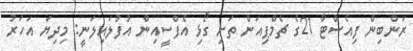
ރަންބިން ފިއެސްޓާ 21ގެ ޗެމްޕިއަން ތަށި ގޯޅި އެފްސީއިން އުފުލައިލަނީ: މިދިޔަ އަހަރު